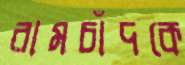
রামচাঁদকে